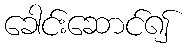
ခေါင်းဆောင်၍